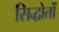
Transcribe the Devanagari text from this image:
सिद्धोतों